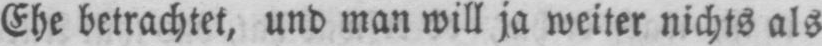
Ehe betrachtet, und man will ja weiter nichts als